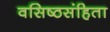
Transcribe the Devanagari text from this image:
वसिष्ठसंहिता